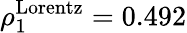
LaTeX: \rho_{1}^{\mathrm{Lorentz}}=0.492